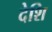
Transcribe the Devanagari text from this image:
देशि